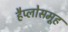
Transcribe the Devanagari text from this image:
हैप्लोसमूह